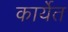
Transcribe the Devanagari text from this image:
कार्येत